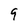
Character: 9